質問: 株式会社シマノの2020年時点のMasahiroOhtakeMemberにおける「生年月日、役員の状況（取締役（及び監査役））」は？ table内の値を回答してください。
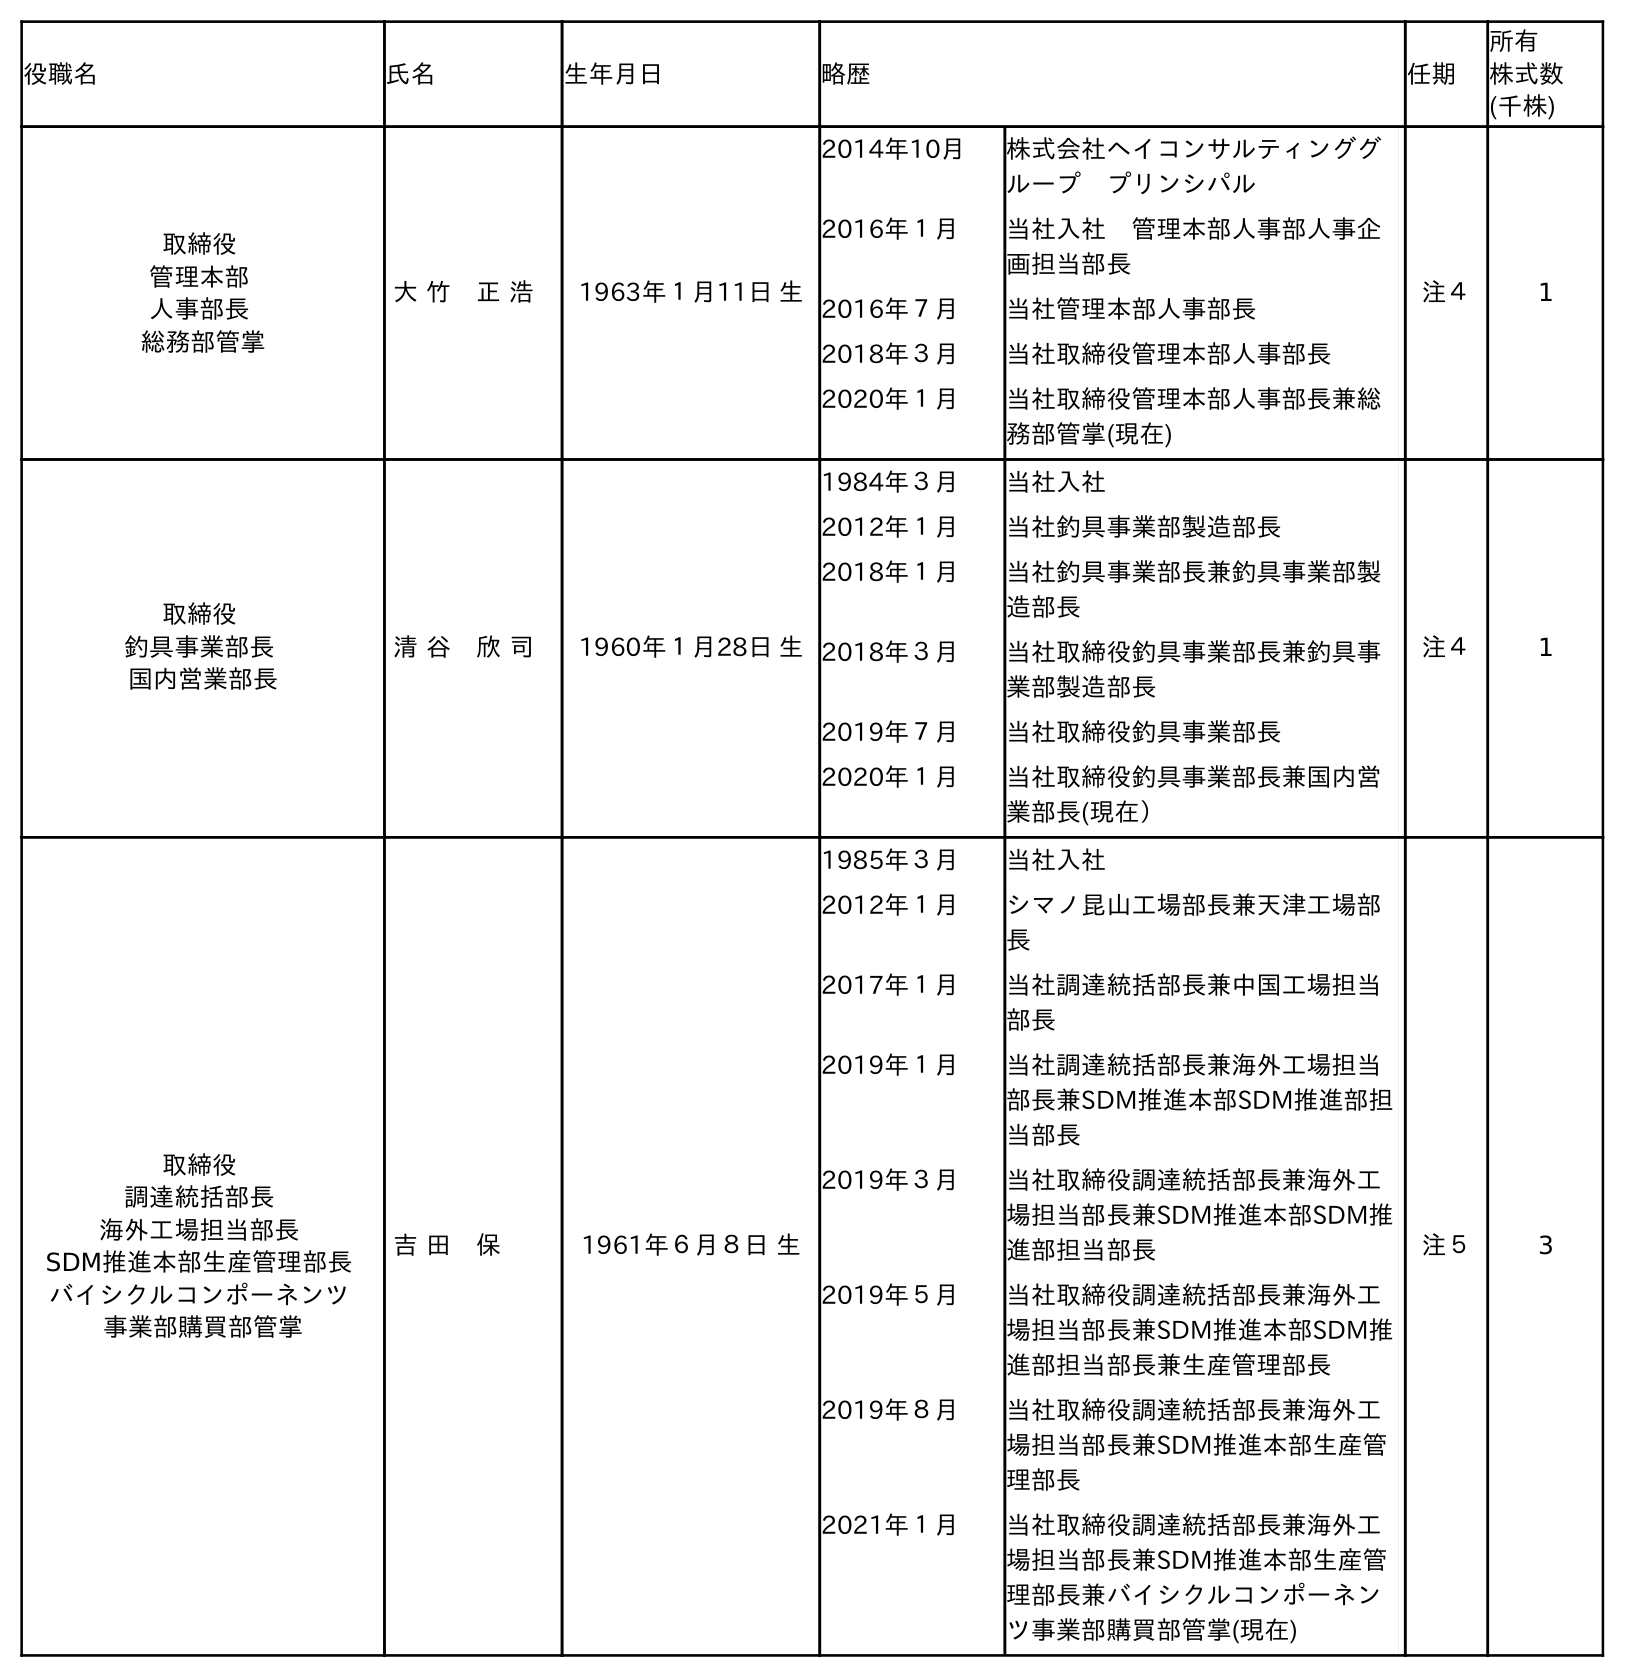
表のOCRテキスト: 役職名 氏名 生年月日 略歴 任期 所有 株式数 (千株) 取締役 管理本部 人事部長 総務部管掌 大 竹 正 浩 1963年１月11日 生 2014年10月 株式会社ヘイコンサルティンググ ループ プリンシパル 2016年１月 当社入社 管理本部人事部人事企 画担当部長 2016年７月 当社管理本部人事部長 2018年３月 当社取締役管理本部人事部長 2020年１月 当社取締役管理本部人事部長兼総 務部管掌(現在) 注４ 1 取締役 釣具事業部長 国内営業部長 清 谷 欣 司 1960年１月28日 生 1984年３月 当社入社 2012年１月 当社釣具事業部製造部長 2018年１月 当社釣具事業部長兼釣具事業部製 造部長 2018年３月 当社取締役釣具事業部長兼釣具事 業部製造部長 2019年７月 当社取締役釣具事業部長 2020年１月 当社取締役釣具事業部長兼国内営 業部長(現在） 注４ 1 取締役 調達統括部長 海外工場担当部長 SDM推進本部生産管理部長 バイシクルコンポーネンツ 事業部購買部管掌 吉 田 保 1961年６月８日 生 1985年３月 当社入社 2012年１月 シマノ昆山工場部長兼天津工場部 長 2017年１月 当社調達統括部長兼中国工場担当 部長 2019年１月 当社調達統括部長兼海外工場担当 部長兼SDM推進本部SDM推進部担 当部長 2019年３月 当社取締役調達統括部長兼海外工 場担当部長兼SDM推進本部SDM推 進部担当部長 2019年５月 当社取締役調達統括部長兼海外工 場担当部長兼SDM推進本部SDM推 進部担当部長兼生産管理部長 2019年８月 当社取締役調達統括部長兼海外工 場担当部長兼SDM推進本部生産管 理部長 2021年１月 当社取締役調達統括部長兼海外工 場担当部長兼SDM推進本部生産管 理部長兼バイシクルコンポーネン ツ事業部購買部管掌(現在) 注５ 3
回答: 1963年１月11日生